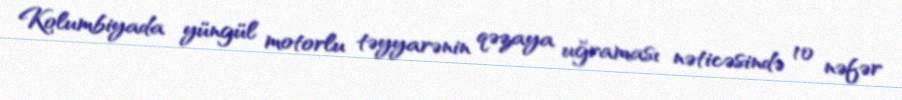
Kolumbiyada yüngül motorlu təyyarənin qəzaya uğraması nəticəsində 10 nəfər